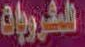
المشروبات